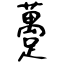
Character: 躉